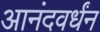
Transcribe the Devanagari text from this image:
आनंदवर्धंन